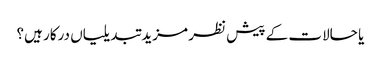
یا حالات کے پیش نظر مزید تبدیلیاں درکار ہیں؟